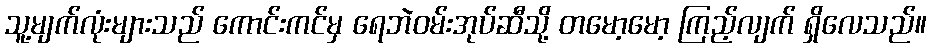
သူ့မျက်လုံးများသည် ကောင်းကင်မှ ရေဘဲဝမ်းအုပ်ဆီသို့ တမော့မော့ ကြည့်လျက် ရှိလေသည်။